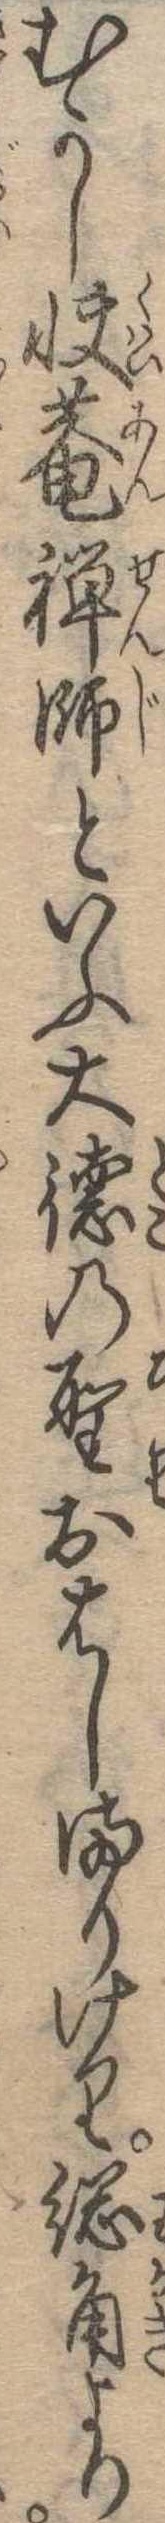
むかし快庵禅師といふ大徳の聖おはしましけり総角より